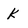
Character: k